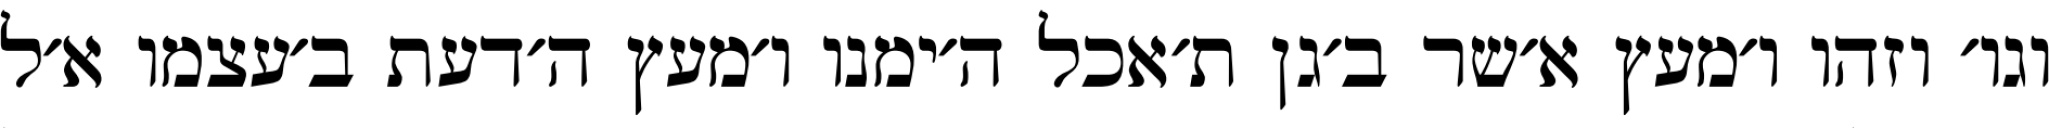
וגו׳ וזהו ו׳מעץ א׳שר ב׳גן ת׳אכל ה׳ימנו ו׳מעץ ה׳דעת ב׳עצמו א׳ל